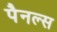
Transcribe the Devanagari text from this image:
पैनल्स